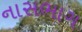
નાસભાગ